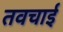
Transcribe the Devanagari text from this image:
तवचाई